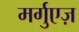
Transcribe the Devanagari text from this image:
मर्गुएज़